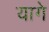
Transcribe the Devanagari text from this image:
यागे